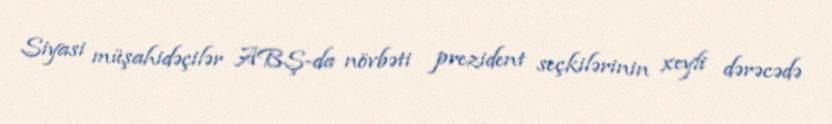
Siyasi müşahidəçilər ABŞ-da növbəti prezident seçkilərinin xeyli dərəcədə